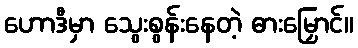
ဟောဒီမှာ သွေးစွန်းနေတဲ့ ဓားမြှောင်။